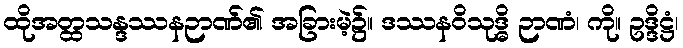
ထိုအတ္ထသန္ဒဿနဉာဏ်၏ အခြားမဲ့၌။ ဒဿနဝိသုဒ္ဓိ ဉာဏံ၊ ကို။ ဥဒ္ဒိဋ္ဌံ၊